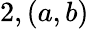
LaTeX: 2,(a,b)